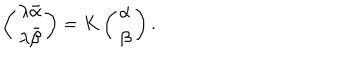
LaTeX: \left( \begin{matrix} { { \lambda \bar { \alpha } } } \\ { { \lambda \bar { \beta } } } \\ \end{matrix} \right) = K \left( \begin{matrix} { { \alpha } } \\ { { \beta } } \\ \end{matrix} \right) .